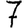
Digit: 7